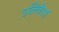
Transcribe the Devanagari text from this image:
एलिवेटर्स